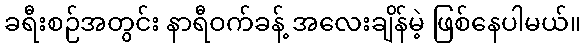
ခရီးစဉ်အတွင်း နာရီဝက်ခန့် အလေးချိန်မဲ့ ဖြစ်နေပါမယ်။